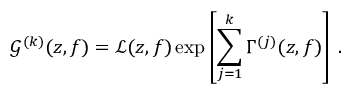
\mathcal { G } ^ { ( k ) } ( z , f ) = \mathcal { L } ( z , f ) \exp \left[ \sum _ { j = 1 } ^ { k } \Gamma ^ { ( j ) } ( z , f ) \right] \: .